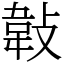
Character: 𢾁